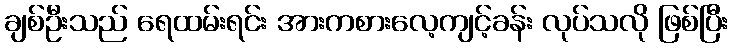
ချစ်ဦးသည် ရေထမ်းရင်း အားကစားလေ့ကျင့်ခန်း လုပ်သလို ဖြစ်ပြီး